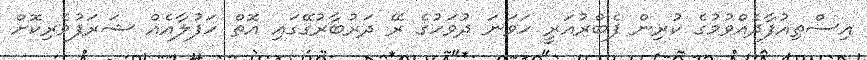
އިސްތިއުފާދެއްވުމުގެ ކުރިން ފެބްރުއަރީ ހަވަނަ ދުވަހުގެ ރޭ ދަރުބާރުގޭގައި އޮތް ހަފުލާއެއް ޝަރަފުވެރިކޮށް